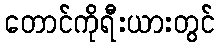
တောင်ကိုရီးယားတွင်